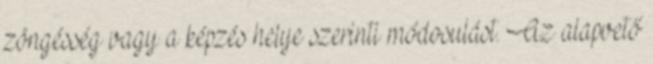
zöngésség vagy a képzés helye szerinti módosulást. Az alapvető